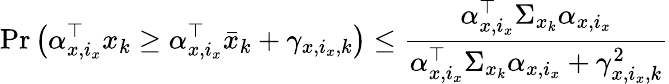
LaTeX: \operatorname*{Pr}\left(\alpha_{x,i_{x}}^{\top}x_{k}\geq\alpha_{x,i_{x}}^{\top}\bar{x}_{k}+\gamma_{x,i_{x},k}\right)\leq\frac{\alpha_{x,i_{x}}^{\top}\Sigma_{x_{k}}\alpha_{x,i_{x}}}{\alpha_{x,i_{x}}^{\top}\Sigma_{x_{k}}\alpha_{x,i_{x}}+\gamma_{x,i_{x},k}^{2}}